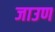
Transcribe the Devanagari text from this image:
जाउण